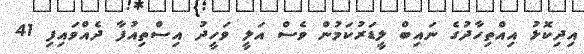
އިދިކޮޅު އިއްތިހާދުގެ ނައިބް ލީޑަރުކަމުން ވެސް އަލީ ވަހީދު އިސްތިއުފާ ދެއްވައިފި 41